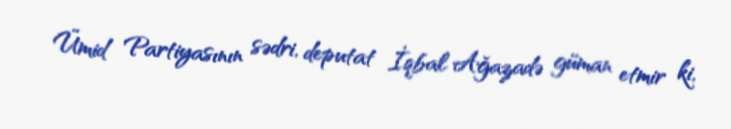
Ümid Partiyasının sədri, deputat İqbal Ağazadə güman etmir ki,